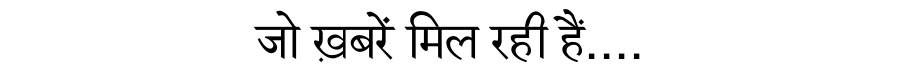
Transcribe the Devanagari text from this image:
जो ख़बरें मिल रही हैं....